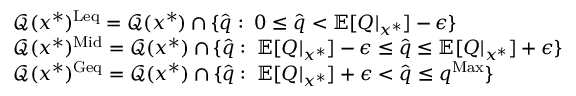
\begin{array} { r l } & { \mathcal { Q } ( { \boldsymbol { x } ^ { * } } ) ^ { \mathrm { L e q } } = \mathcal { Q } ( { \boldsymbol { x } ^ { * } } ) \cap \{ \hat { \boldsymbol { q } } : \; 0 \leq \hat { \boldsymbol { q } } < \mathbb { E } [ \boldsymbol { Q } | _ { \boldsymbol { x } ^ { * } } ] - \boldsymbol { \epsilon } \} } \\ & { \mathcal { Q } ( { \boldsymbol { x } ^ { * } } ) ^ { \mathrm { M i d } } = \mathcal { Q } ( { \boldsymbol { x } ^ { * } } ) \cap \{ \hat { \boldsymbol { q } } : \; \mathbb { E } [ \boldsymbol { Q } | _ { \boldsymbol { x } ^ { * } } ] - \boldsymbol { \epsilon } \leq \hat { \boldsymbol { q } } \leq \mathbb { E } [ \boldsymbol { Q } | _ { \boldsymbol { x } ^ { * } } ] + \boldsymbol { \epsilon } \} } \\ & { \mathcal { Q } ( { \boldsymbol { x } ^ { * } } ) ^ { \mathrm { G e q } } = \mathcal { Q } ( { \boldsymbol { x } ^ { * } } ) \cap \{ \hat { \boldsymbol { q } } : \; \mathbb { E } [ \boldsymbol { Q } | _ { \boldsymbol { x } ^ { * } } ] + \boldsymbol { \epsilon } < \hat { \boldsymbol { q } } \leq \boldsymbol { q } ^ { \mathrm { M a x } } \} } \end{array}